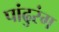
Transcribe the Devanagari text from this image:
पांढुरंग